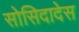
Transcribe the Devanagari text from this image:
सोसिदादेस